Leaving Certificate Examination, 1905
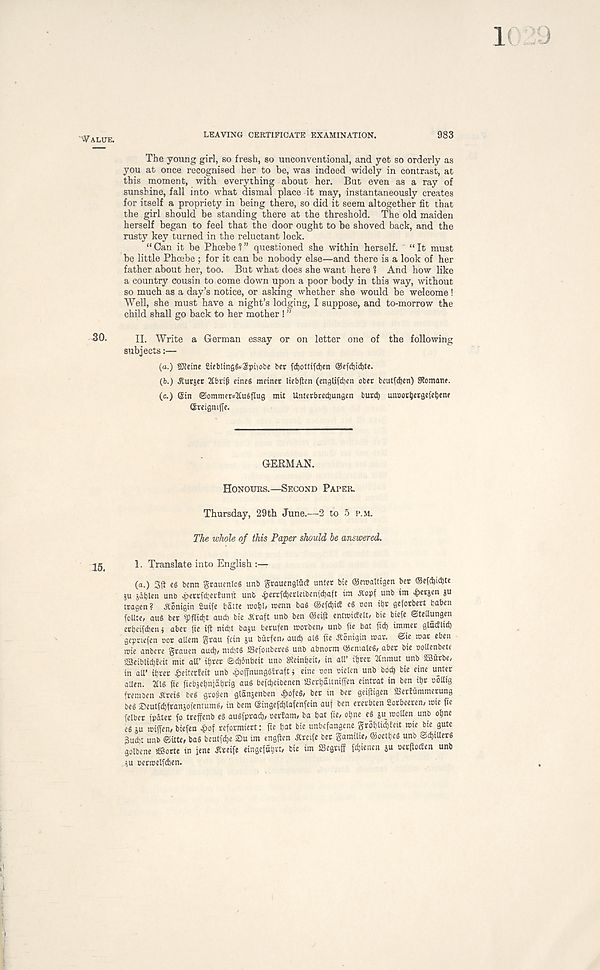
Value.
LEAVING CERTIFICATE EXAMINATION.
983
The young girl, so fresh, so unconventional, and yet so orderly as
you at once recognised her to be, was indeed widely in contrast, at
this moment, with everything about her. But even as a ray of
sunshine, fall into what dismal place it may, instantaneously creates
for itself a propriety in being there, so did it seem altogether fit that
the girl should be standing there at the threshold. The old maiden
herself began to feel that the door ought to be shoved back, and the
rusty key turned in the reluctant lock.
“ Can it be Phoebe 1 ” questioned she within herself. “ It must
be little Phoebe ; for it can be nobody else—and there is a look of her
father about her, too. But what does she want here 1 And how like
a country cousin to come down upon a poor body in this way, without
so much as a day’s notice, or asking whether she would be welcome!
Well, she must have a night’s lodging, I suppose, and to-morrow the
child shall go back to her mother ! ”
30. n. Write a German essay or on letter one of the following
subjects:—
(a.) SJfetne 2icbItng§s$piiobe ber fdjottifdjen @efd)id)te.
(b.) Jlutier 2£brif cineS mciner liebfien (englifd)en ober beutfd)en) atomanr
(c.) ©in ©ommerstfuSflug mit Unterbredjungen buc<t) umjortjergeietjene
©reigniffe.
GERMAN.
Honours.—Second Pater.
Thursday, 29th June.—2 to 5 pal
The whole of this Paper should he answered.
1. Translate into English
(a.) 3|t eg benn grauenloS unb grauengtftc? unter bte ©eroattigen ber ©efcfydjte
ju jitjlen unb ^errfctjertunft unb £ertfd)erleiben| d)aft im A' opf unb im £erjen ju
tragen? ^Conigin £utfe tjatte n>ot)l/ roenn baS ©efdiict eg bon it)r geforbert baben
foUte, aug ber
aud) bie .Kraft unb ben ©eijt entK>i<felt, bie biefe ©tettungen
ertjeifdien j aber fie ijt nict)t baju berufen irorben, unb fie bat fid) immer glucflid)
gepnefen oor aUem grau fein ju burfen, aud) alg fie ^onigin roar, ©ie war eben
wie anbcre grauen auc^/ md)tg SSefonbereg unb abnorm ©entaleg/ aber bie ooUenbete
SSBeiblidjfeit mit att’ it)rer @d)6nbeit unb Sfteinijeit/ in aU’ ii)rer 2fnmut unb SOSutbe,
in all’ ibrer ^eiterfeit unb ^offnunggtraft j cine non oielen unb bo^ bie eine unter
alien. 2tlg fie ftebjefiniabria aug befdjeibenen aScrbaltniifen eintrat in ben it)r oollig
frembcn K' reig beg gcopen glanjenben ^>ofeg, ber in ber geifitgen aSerEiimmerung
beg ©eutfdjfranjofemumg, in bem ©ingefdjlafenfein auf ben ererbten £orbeeren, wte fie
felber fp&ter fo treffenb eg augfpracb/ oerEam/ ba bat fie, obne eg gu wotten unb obne
eg ju wiffen, biefen £of reformiertt fte bat bie unbefangene groblid)teit wie bie gute
3ud' t unb ©Ute, bag beutfd)e 2)u im engften Jtreife bet gamilie, ©oetbeg unb ©d)tUerg
golbene Jfisorte in jene Sreife eingefub«/ bie im SSeguff fd)tenen ju DerftocEen unb
ju Derwetfdien.